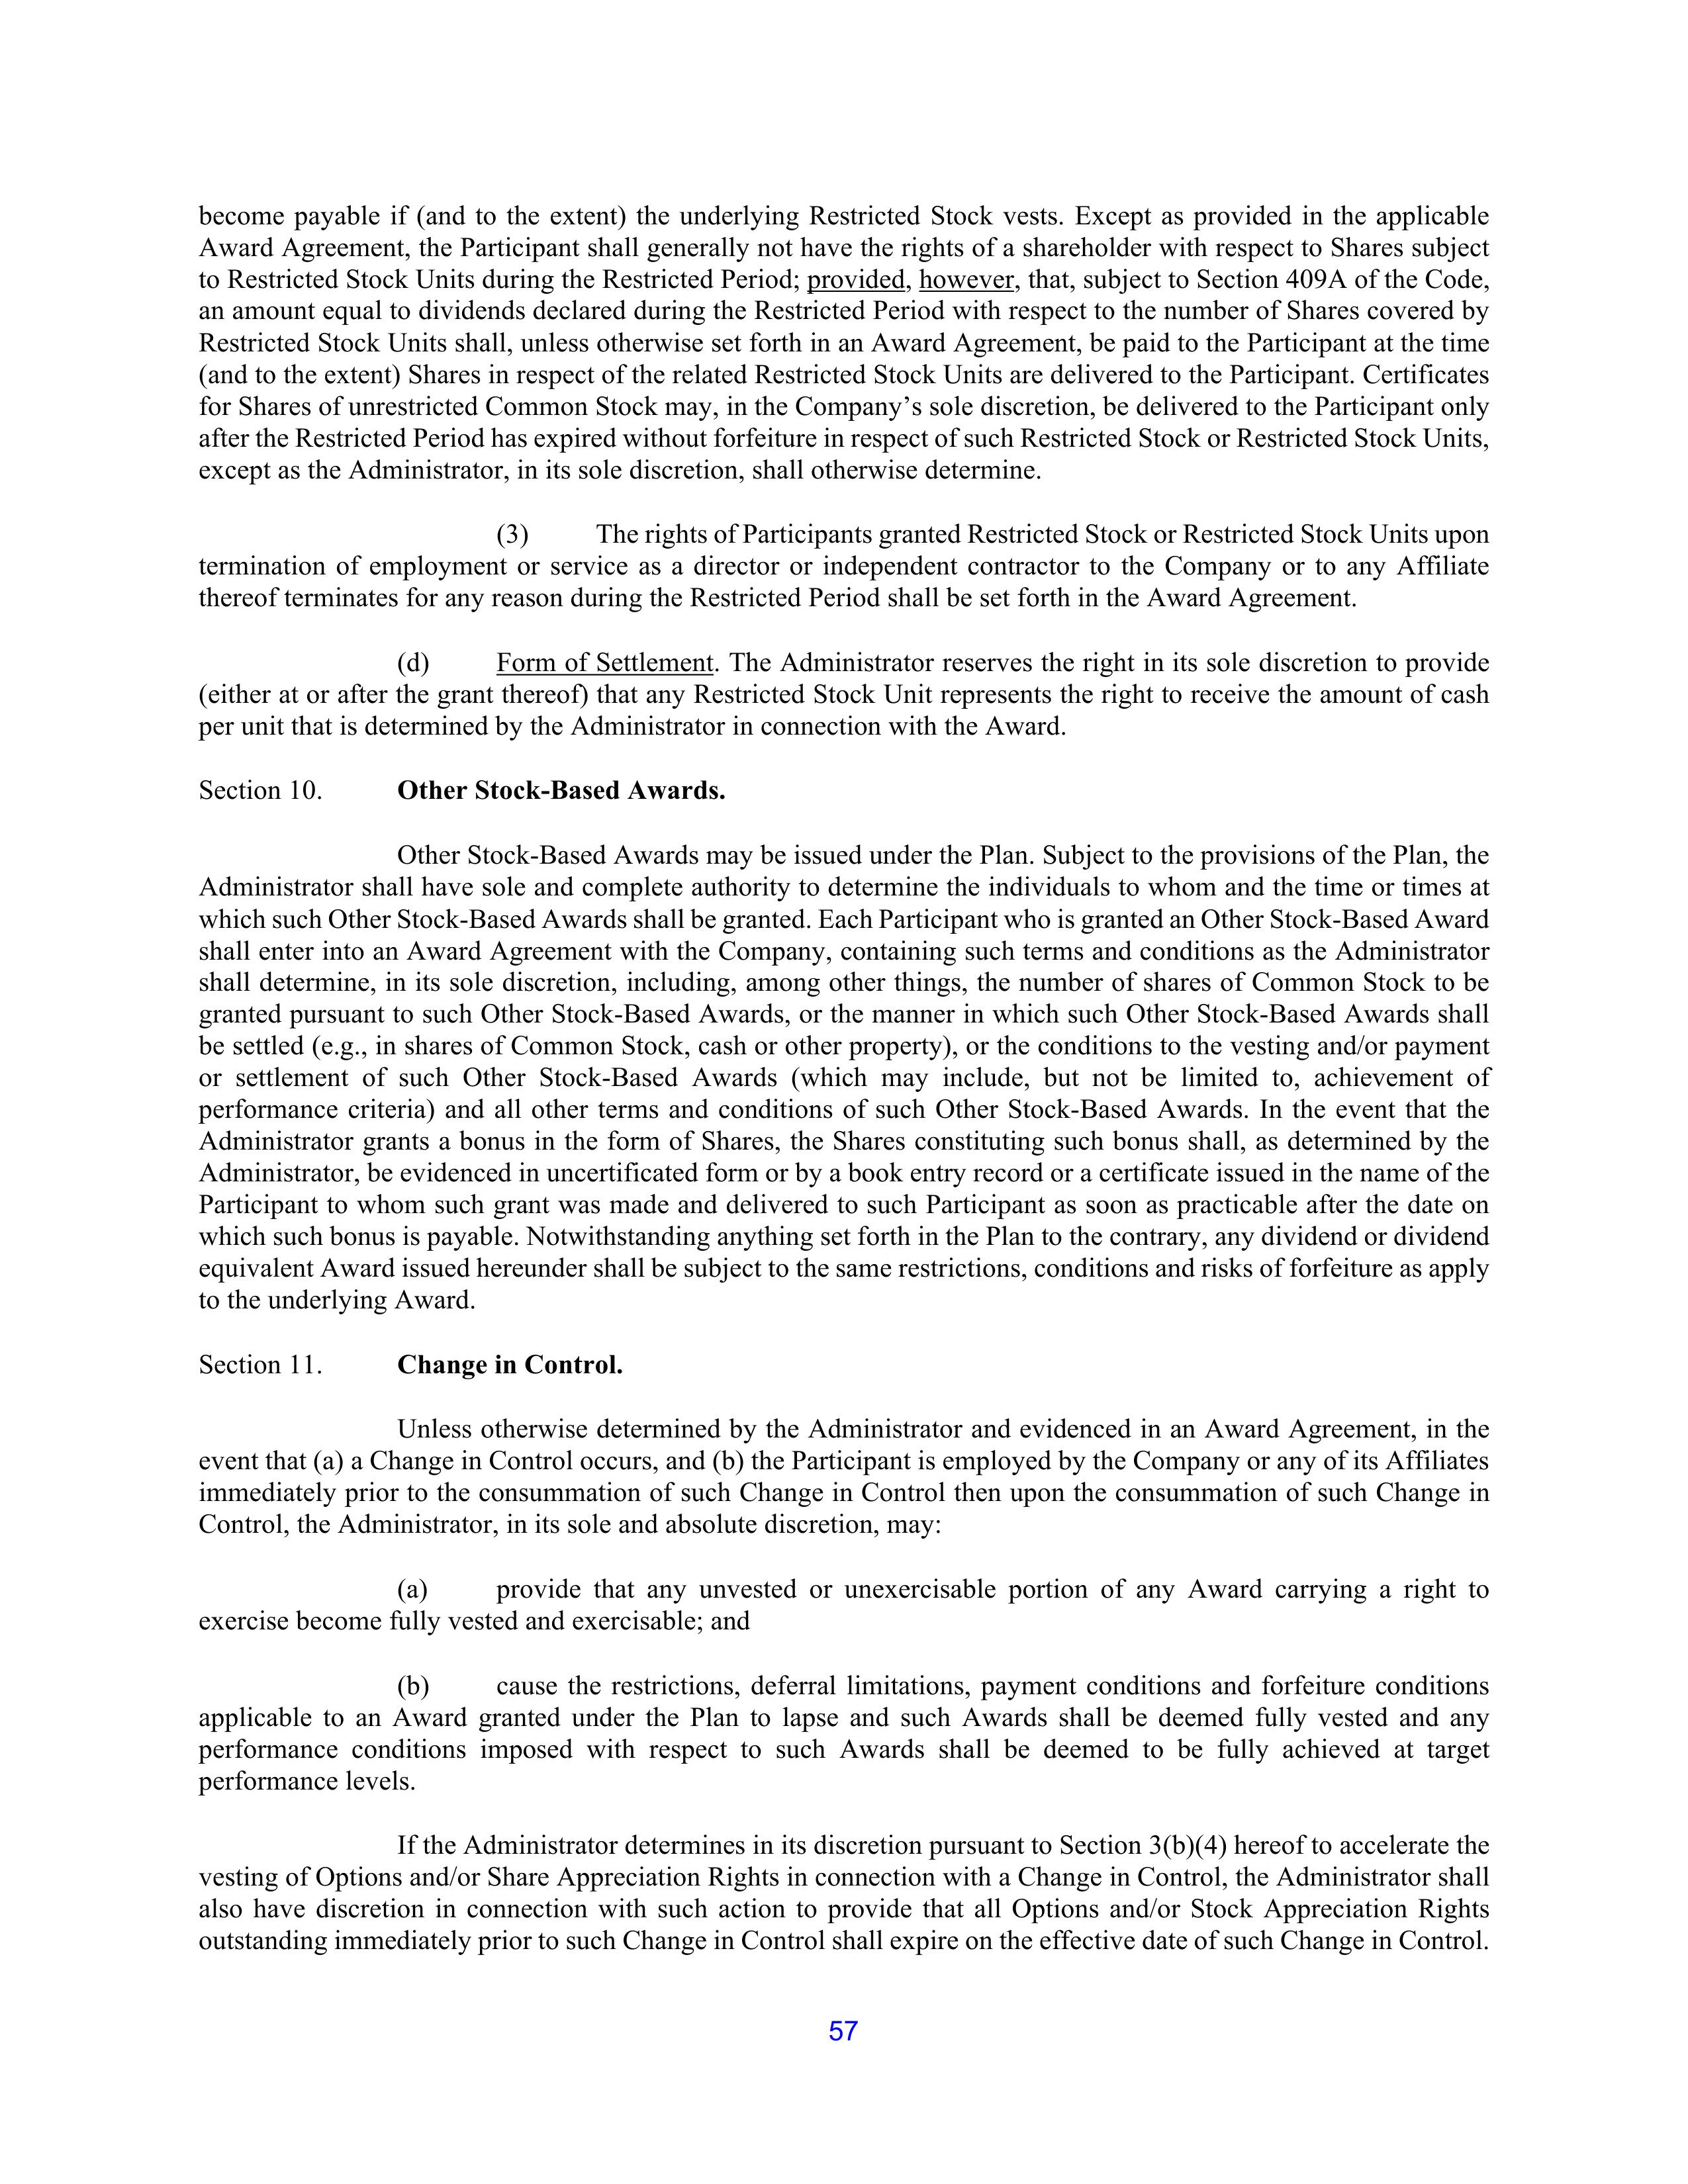
become payable if (and to the extent) the underlying Restricted Stock vests. Except as provided in the applicable
Award Agreement, the Participant shall generally not have the rights of a shareholder with respect to Shares subject
to Restricted Stock Units during the Restricted Period; provided, however, that, subject to Section 409A of the Code,
an amount equal to dividends declared during the Restricted Period with respect to the number of Shares covered by
Restricted Stock Units shall, unless otherwise set forth in an Award Agreement, be paid to the Participant at the time
(and to the extent) Shares in respect of the related Restricted Stock Units are delivered to the Participant. Certificates
for Shares of unrestricted Common Stock may, in the Company’s sole discretion, be delivered to the Participant only
after the Restricted Period has expired without forfeiture in respect of such Restricted Stock or Restricted Stock Units,
except as the Administrator, in its sole discretion, shall otherwise determine.

        (3)        The rights of Participants granted Restricted Stock or Restricted Stock Units upon
termination of employment or service as a director or independent contractor to the Company or to any Affiliate
thereof terminates for any reason during the Restricted Period shall be set forth in the Award Agreement.

        (d)        Form of Settlement. The Administrator reserves the right in its sole discretion to provide
(either at or after the grant thereof) that any Restricted Stock Unit represents the right to receive the amount of cash
per unit that is determined by the Administrator in connection with the Award.

Section 10.        Other Stock-Based Awards.

        Other Stock-Based Awards may be issued under the Plan. Subject to the provisions of the Plan, the
Administrator shall have sole and complete authority to determine the individuals to whom and the time or times at
which such Other Stock-Based Awards shall be granted. Each Participant who is granted an Other Stock-Based Award
shall enter into an Award Agreement with the Company, containing such terms and conditions as the Administrator
shall determine, in its sole discretion, including, among other things, the number of shares of Common Stock to be
granted pursuant to such Other Stock-Based Awards, or the manner in which such Other Stock-Based Awards shall
be settled (e.g., in shares of Common Stock, cash or other property), or the conditions to the vesting and/or payment
or settlement of such Other Stock-Based Awards (which may include, but not be limited to, achievement of
performance criteria) and all other terms and conditions of such Other Stock-Based Awards. In the event that the
Administrator grants a bonus in the form of Shares, the Shares constituting such bonus shall, as determined by the
Administrator, be evidenced in uncertificated form or by a book entry record or a certificate issued in the name of the
Participant to whom such grant was made and delivered to such Participant as soon as practicable after the date on
which such bonus is payable. Notwithstanding anything set forth in the Plan to the contrary, any dividend or dividend
equivalent Award issued hereunder shall be subject to the same restrictions, conditions and risks of forfeiture as apply
to the underlying Award.

Section 11.        Change in Control.

        Unless otherwise determined by the Administrator and evidenced in an Award Agreement, in the
event that (a) a Change in Control occurs, and (b) the Participant is employed by the Company or any of its Affiliates
immediately prior to the consummation of such Change in Control then upon the consummation of such Change in
Control, the Administrator, in its sole and absolute discretion, may:

                (a)        provide that any unvested or unexercisable portion of any Award carrying a right to
exercise become fully vested and exercisable; and

                (b)        cause the restrictions, deferral limitations, payment conditions and forfeiture conditions
applicable to an Award granted under the Plan to lapse and such Awards shall be deemed fully vested and any
performance conditions imposed with respect to such Awards shall be deemed to be fully achieved at target
performance levels.

        If the Administrator determines in its discretion pursuant to Section 3(b)(4) hereof to accelerate the
vesting of Options and/or Share Appreciation Rights in connection with a Change in Control, the Administrator shall
also have discretion in connection with such action to provide that all Options and/or Stock Appreciation Rights
outstanding immediately prior to such Change in Control shall expire on the effective date of such Change in Control.

57